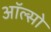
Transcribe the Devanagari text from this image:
ऑल्सो